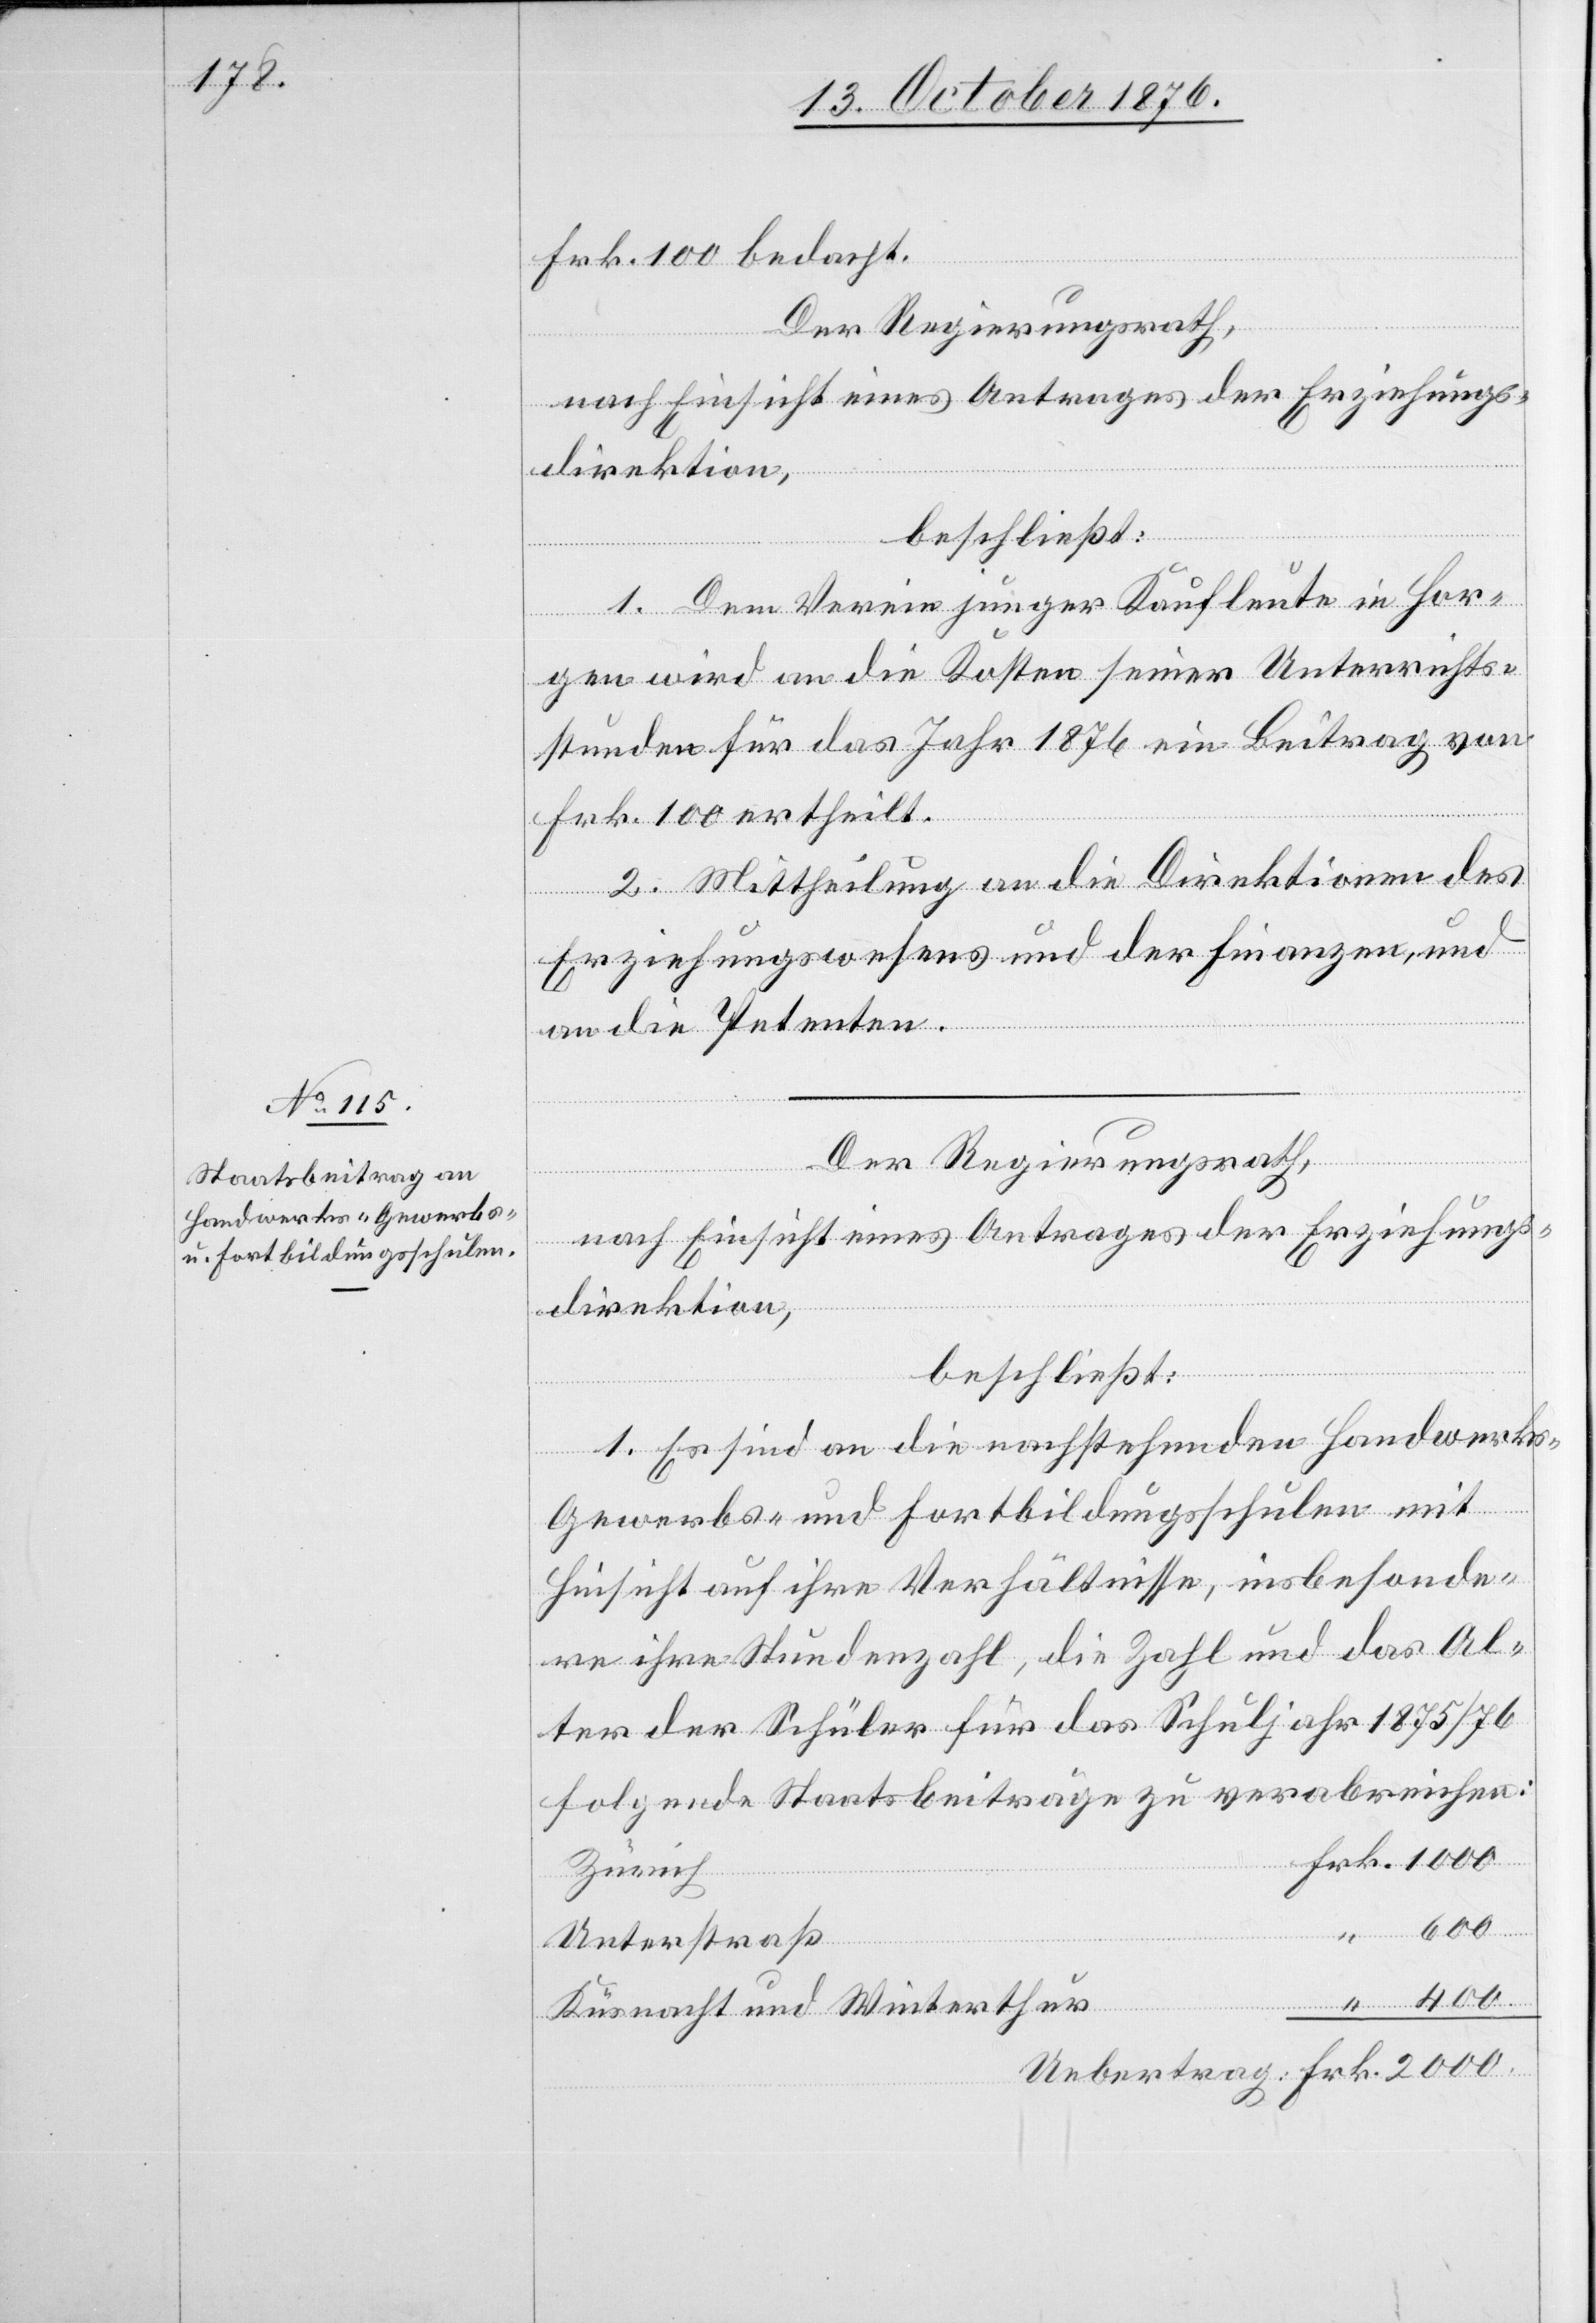
Frk. 100 bedacht.
Der Regierungsrath,
nach Einsicht eines Antrages der Erziehungs¬
direktion,
beschließt:
1. Dem Verein junger Kaufleute in Hor¬
gen wird an die Kosten seiner Unterrichts¬
stunden für das Jahr 1876 ein Beitrag von
Frk. 100 ertheilt.
2. Mittheilung an die Direktionen des
Erziehungswesens und der Finanzen, und
an die Petenten.
Der Regierungsrath,
nach Einsicht eines Antrages der Fi¬
1. Es sind an die nachstehenden Handwerk¬
Frk.
Gewerbs- und Fortbildungsschulen mit
Hinsicht auf ihre Verhältnisse, insbesonde¬
re ihre Stundenzahl, die Zahl und das Al¬
ter der Schüler für das Schuljahr 1875/76
folgende Staatsbeiträge zu verabreichen:
Zürich
2000.
Unterstraß
Küsnacht und Winterthur